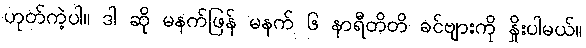
ဟုတ်ကဲ့ပါ။ ဒါ ဆို မနက်ဖြန် မနက် ၆ နာရီတိတိ ခင်ဗျားကို နှိုးပါမယ်။